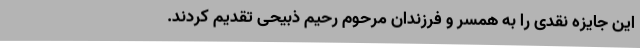
این جایزه نقدی را به همسر و فرزندان مرحوم رحیم ذبیحی تقدیم کردند.